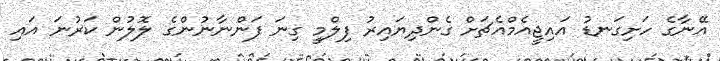
އޭނާގެ ހަށިގަނޑު އައިޖީއެމްއެޗަށް ގެންދިޔައިރު ފިލްމީ ގިނަ ފަންނާނުންގެ ލޮލުން ކަރުނަ އައި